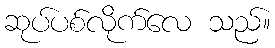
ဆုပ်ပစ်လိုက်လေ သည်။